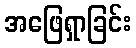
အဖြေရှာခြင်း